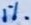
Text: 1%